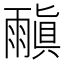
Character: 𩄠